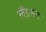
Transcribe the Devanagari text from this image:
लैंडसेट